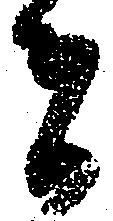
者